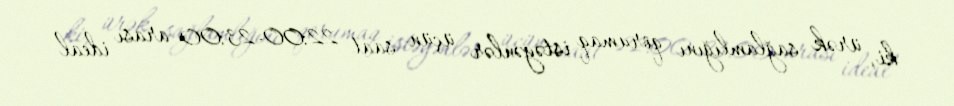
ki, ürək sağlamlığını qorumaq istəyənlər üçün saat 22:00-23:00 arası ideal